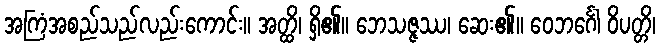
အကြံအစည်သည်လည်းကောင်း။ အတ္ထိ၊ ရှိ၏။ ဘေသဇ္ဇဿ၊ ဆေး၏။ ဝေဘင်္ဂေါ ဝိပတ္တိ၊